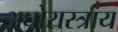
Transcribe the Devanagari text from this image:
अघोरास्त्राय